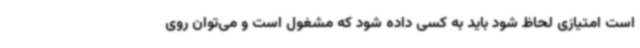
است امتیازی لحاظ شود باید به کسی داده شود که مشغول است و می‌توان روی